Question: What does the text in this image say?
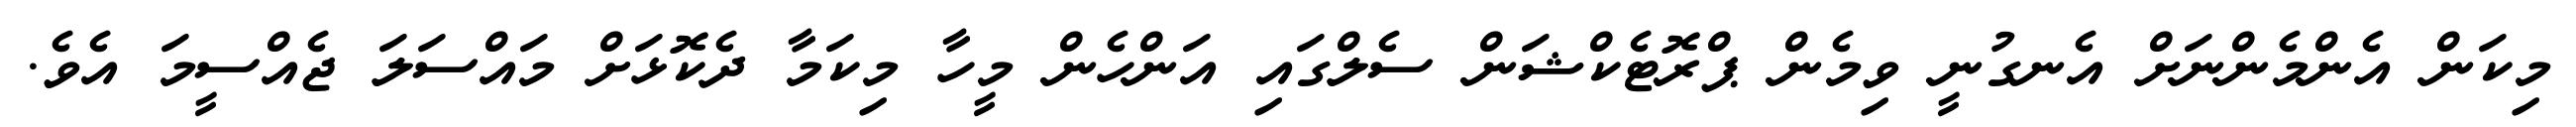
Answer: މިކަން އެންމެންނަށް އެނގުނީ ވިމެން ޕްރޮޓެކްޝަން ސެލްގައި އަންހެން މީހާ މިކަމާ ދެކޮޅަށް މައްސަލަ ޖެއްސީމަ އެވެ.